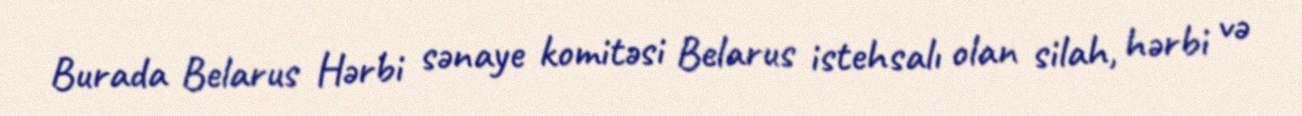
Burada Belarus Hərbi sənaye komitəsi Belarus istehsalı olan silah, hərbi və